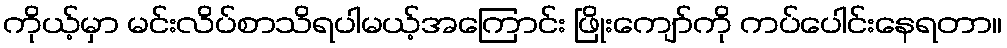
ကိုယ့်မှာ မင်းလိပ်စာသိရပါမယ့်အကြောင်း ဖြိုးကျော်ကို ကပ်ပေါင်းနေရတာ။